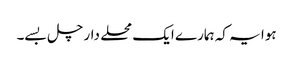
ہوا یہ کہ ہمارے ایک محلے دار چل بسے۔